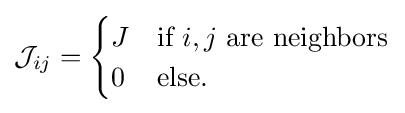
{\mathcal {J}}_{ij}={\begin{cases}J&{\mbox{if }}i,j{\mbox{ are neighbors}}\\0&{\mbox{else.}}\end{cases}}